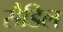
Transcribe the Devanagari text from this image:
सैडिल